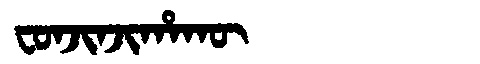
Manchu: ᠸᠣᠨᠵᡳᠨᠵᡳᡥᠠᡴᡡ
Romanization: FONJINJIHAKŪ